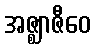
အဇ္ဈာဇီဝေ